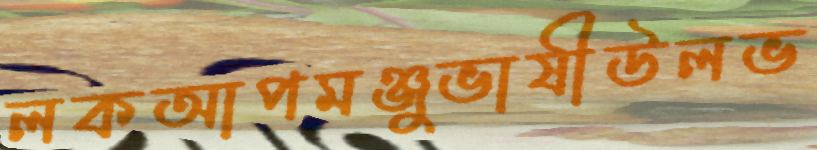
লকআপমঞ্জুভাষীউলভ